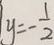
y = - \frac { 1 } { 2 }